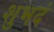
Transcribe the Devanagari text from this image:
शुभदं